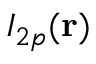
I _ { 2 p } ( \mathbf { r } )